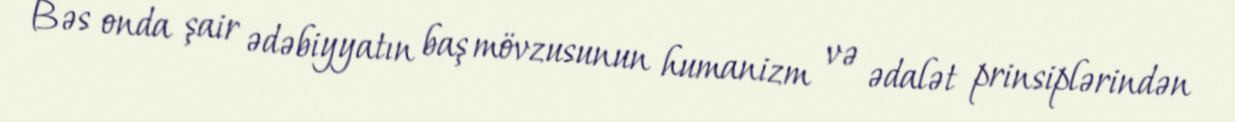
Bəs onda şair ədəbiyyatın baş mövzusunun humanizm və ədalət prinsiplərindən